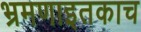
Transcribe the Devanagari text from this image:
भ्रमणाइतकाच